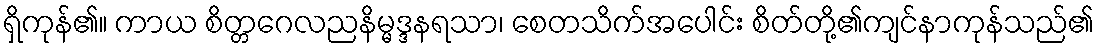
ရှိကုန်၏။ ကာယ စိတ္တဂေလညနိမ္မဒ္ဒနရသာ၊ စေတသိက်အပေါင်း စိတ်တို့၏ကျင်နာကုန်သည်၏